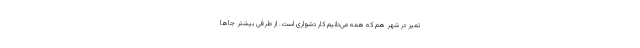
تمیز در شهر هم که همه می‌دانیم کار دشواری است. از طرفی بیشتر جاها